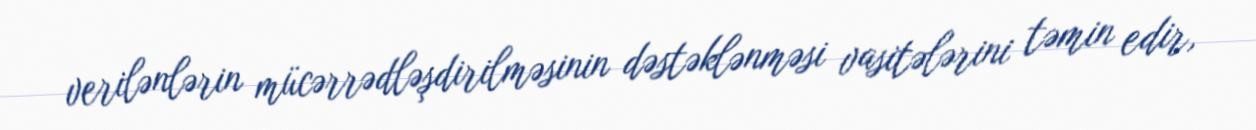
verilənlərin mücərrədləşdirilməsinin dəstəklənməsi vasitələrini təmin edir,